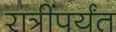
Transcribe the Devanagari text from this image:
रात्रींपर्यंत